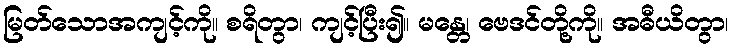
မြတ်သောအကျင့်ကို။ စရိတွာ၊ ကျင့်ပြီး၍။ မန္တေ၊ ဗေဒင်တို့ကို။ အဓီယိတွာ၊